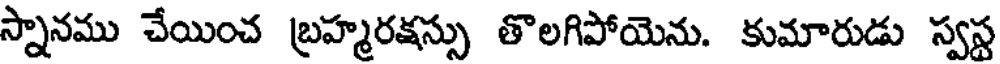
స్నానము చేయించ బ్రహ్మరక్షస్సు తొలగిపోయెను. కుమారుడు స్వస్ట